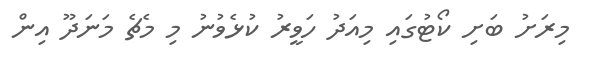
މިރަށު ބަށި ކޯޓުގައި މިއަދު ހަވީރު ކުޅެވުނު މި މެޗެ މަނަދޫ އިން